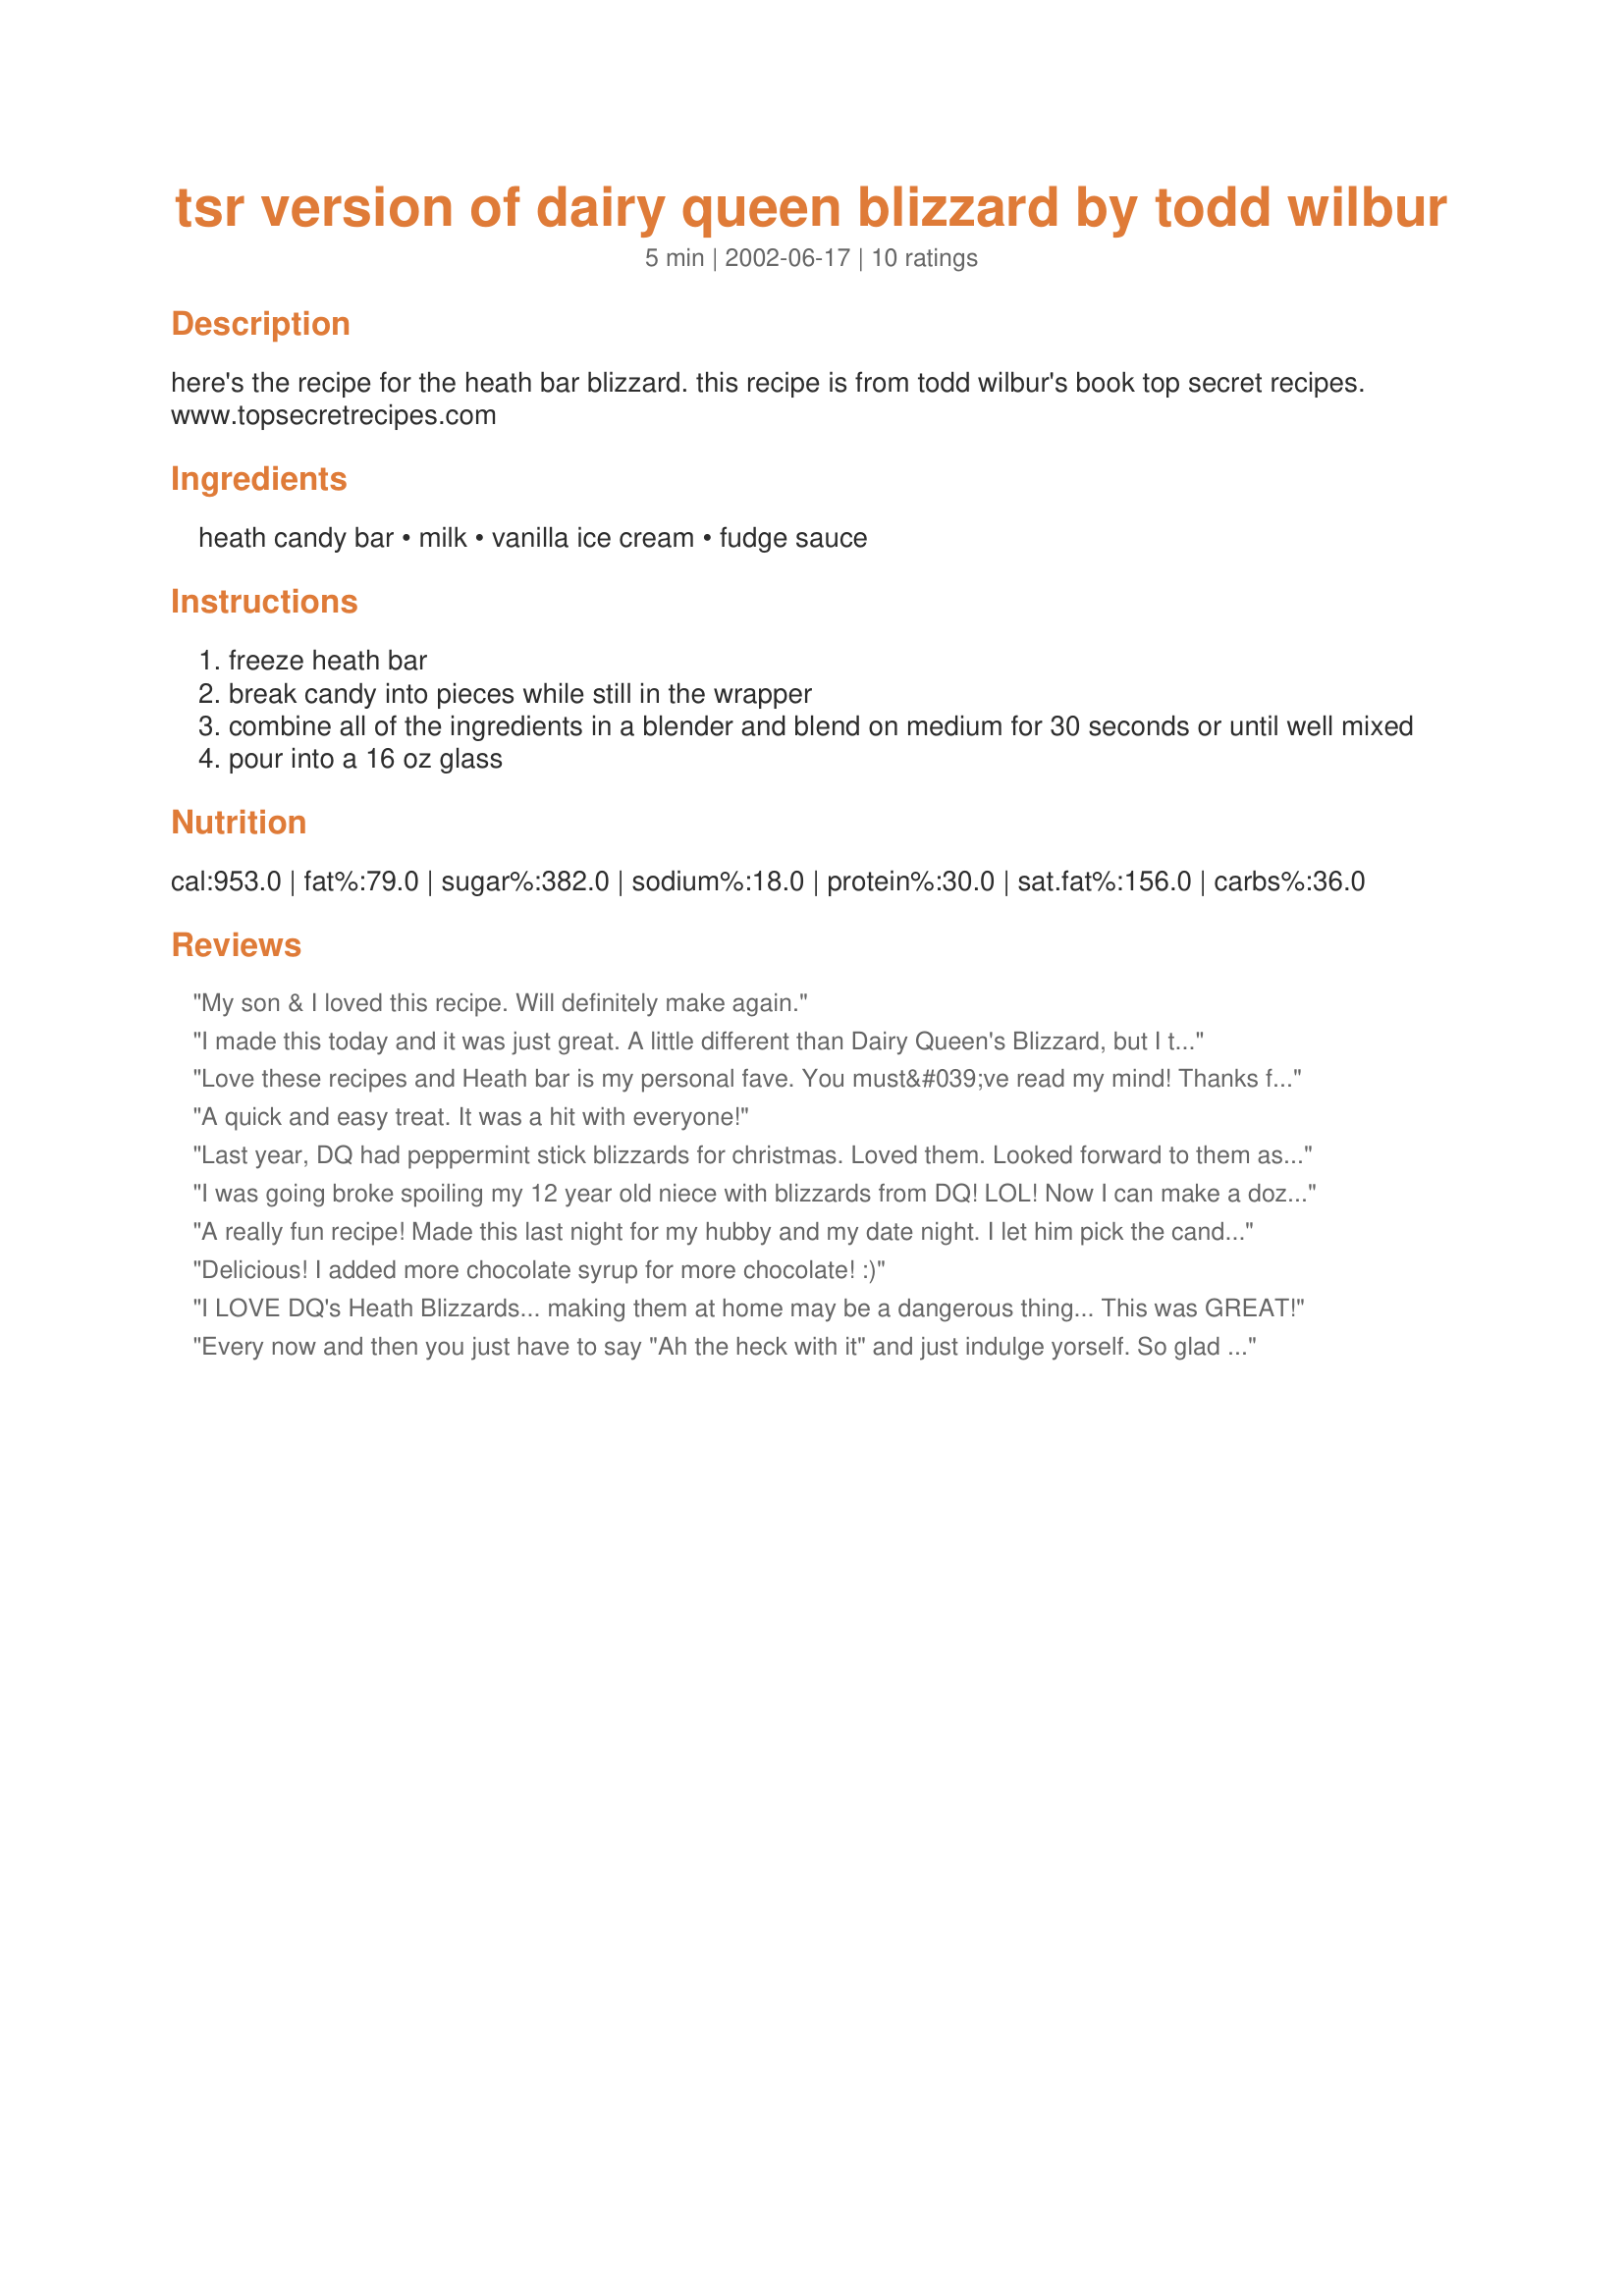
tsr version of dairy queen blizzard by todd wilbur
Preparation time: 5 minutes

here's the recipe for the heath bar blizzard. this recipe is from todd wilbur's book top secret recipes. www.topsecretrecipes.com

Ingredients:
heath candy bar, milk, vanilla ice cream, fudge sauce

Steps:
freeze heath bar
break candy into pieces while still in the wrapper
combine all of the ingredients in a blender and blend on medium for 30 seconds or until well mixed
pour into a 16 oz glass

Reviews:
My son & I loved this recipe. Will definitely make again.
I made this today and it was just great. A little different than Dairy Queen's Blizzard, but I think that is because of the ice cream. This will be great to use with any kind of candy or topping. Thanks Ambassador27 for posting this recipe.
Love these recipes and Heath bar is my personal fave. You must&#039;ve read my mind! Thanks for posting.
A quick and easy treat. It was a hit with everyone!


Last year, DQ had peppermint stick blizzards for christmas. Loved them. Looked forward to them as the christmas season approached, but they never appeared. Tried this with Edy's Peppermint Stick ice cream and half a Hershey's candy bar. Excellent.
I was going broke spoiling my 12 year old niece with blizzards from DQ! LOL! Now I can make a dozen for the price of one large blizzard! Thanks!
A really fun recipe! Made this last night for my hubby and my date night. I let him pick the candy bar (Reeses Peanut Butter Cup), and followed the recipe. Turned out so good! Will be making again with other candy bar flavors.
Delicious! I added more chocolate syrup for more chocolate! :)
I LOVE DQ's Heath Blizzards... making them at home may be a dangerous thing... This was GREAT!
Every now and then you just have to say "Ah the heck with it" and just indulge yorself. So glad I did. What a treat!!!
